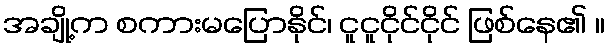
အချို့က စကားမပြောနိုင်၊ ငူငူငိုင်ငိုင် ဖြစ်နေ၏ ။